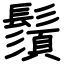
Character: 鬚